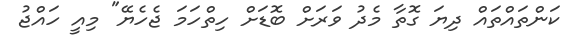
ކަންތައްތައް ދިޔަ ގޮތާ މެދު ވަރަށް ބޮޑަށް ހިތްހަމަ ޖެހެޔޭ" މިއީ ހައްޖު